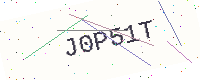
Text: J0P51T